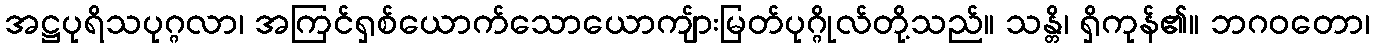
အဋ္ဌပုရိသပုဂ္ဂလာ၊ အကြင်ရှစ်ယောက်သောယောကျ်ားမြတ်ပုဂ္ဂိုလ်တို့သည်။ သန္တိ၊ ရှိကုန်၏။ ဘဂဝတော၊